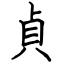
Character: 貞